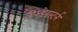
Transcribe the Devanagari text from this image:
गिल्डेनस्टर्न